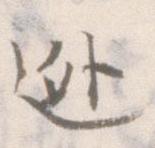
逃